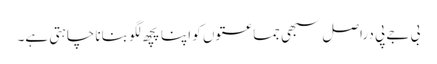
بی جے پی دراصل سبھی جماعتوں کو اپنا پچھ لگو بنانا چاہتی ہے۔